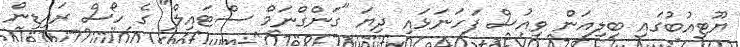
ޔޫޓިއުބުގައި ބިލިއަން ވިއުސް ފަހަނަޅައި ދިޔަ "ގަންގްނަމް ސްޓައިލް" ގެ ހޯސް ރައިޑިން